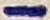
Text: -